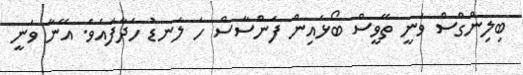
ބިލިންގްސް ވަނީ ތޭވީސް ބޯޅައިން ފަންސާސް ހަ ލަނޑު ހަދާފައެވެ. އޭނާ ވަނީ